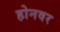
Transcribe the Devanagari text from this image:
होनवर